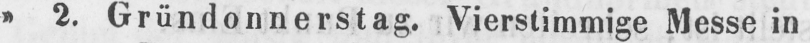
» 2. Gründonnerstag. Vierstimmige Messe in